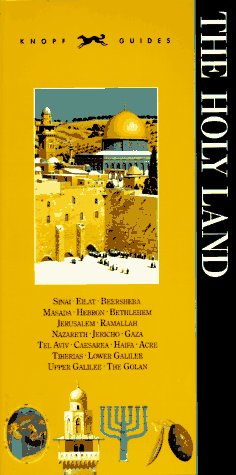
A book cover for Knopf Guide to The Holy Land; Knopf Guides; Travel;